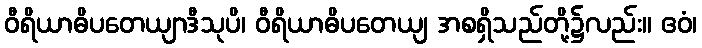
ဝီရိယာဓိပတေယျာဒီသုပိ၊ ဝီရိယာဓိပတေယျ အစရှိသည်တို့၌လည်း။ ဧဝံ၊